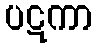
ပဋကာ